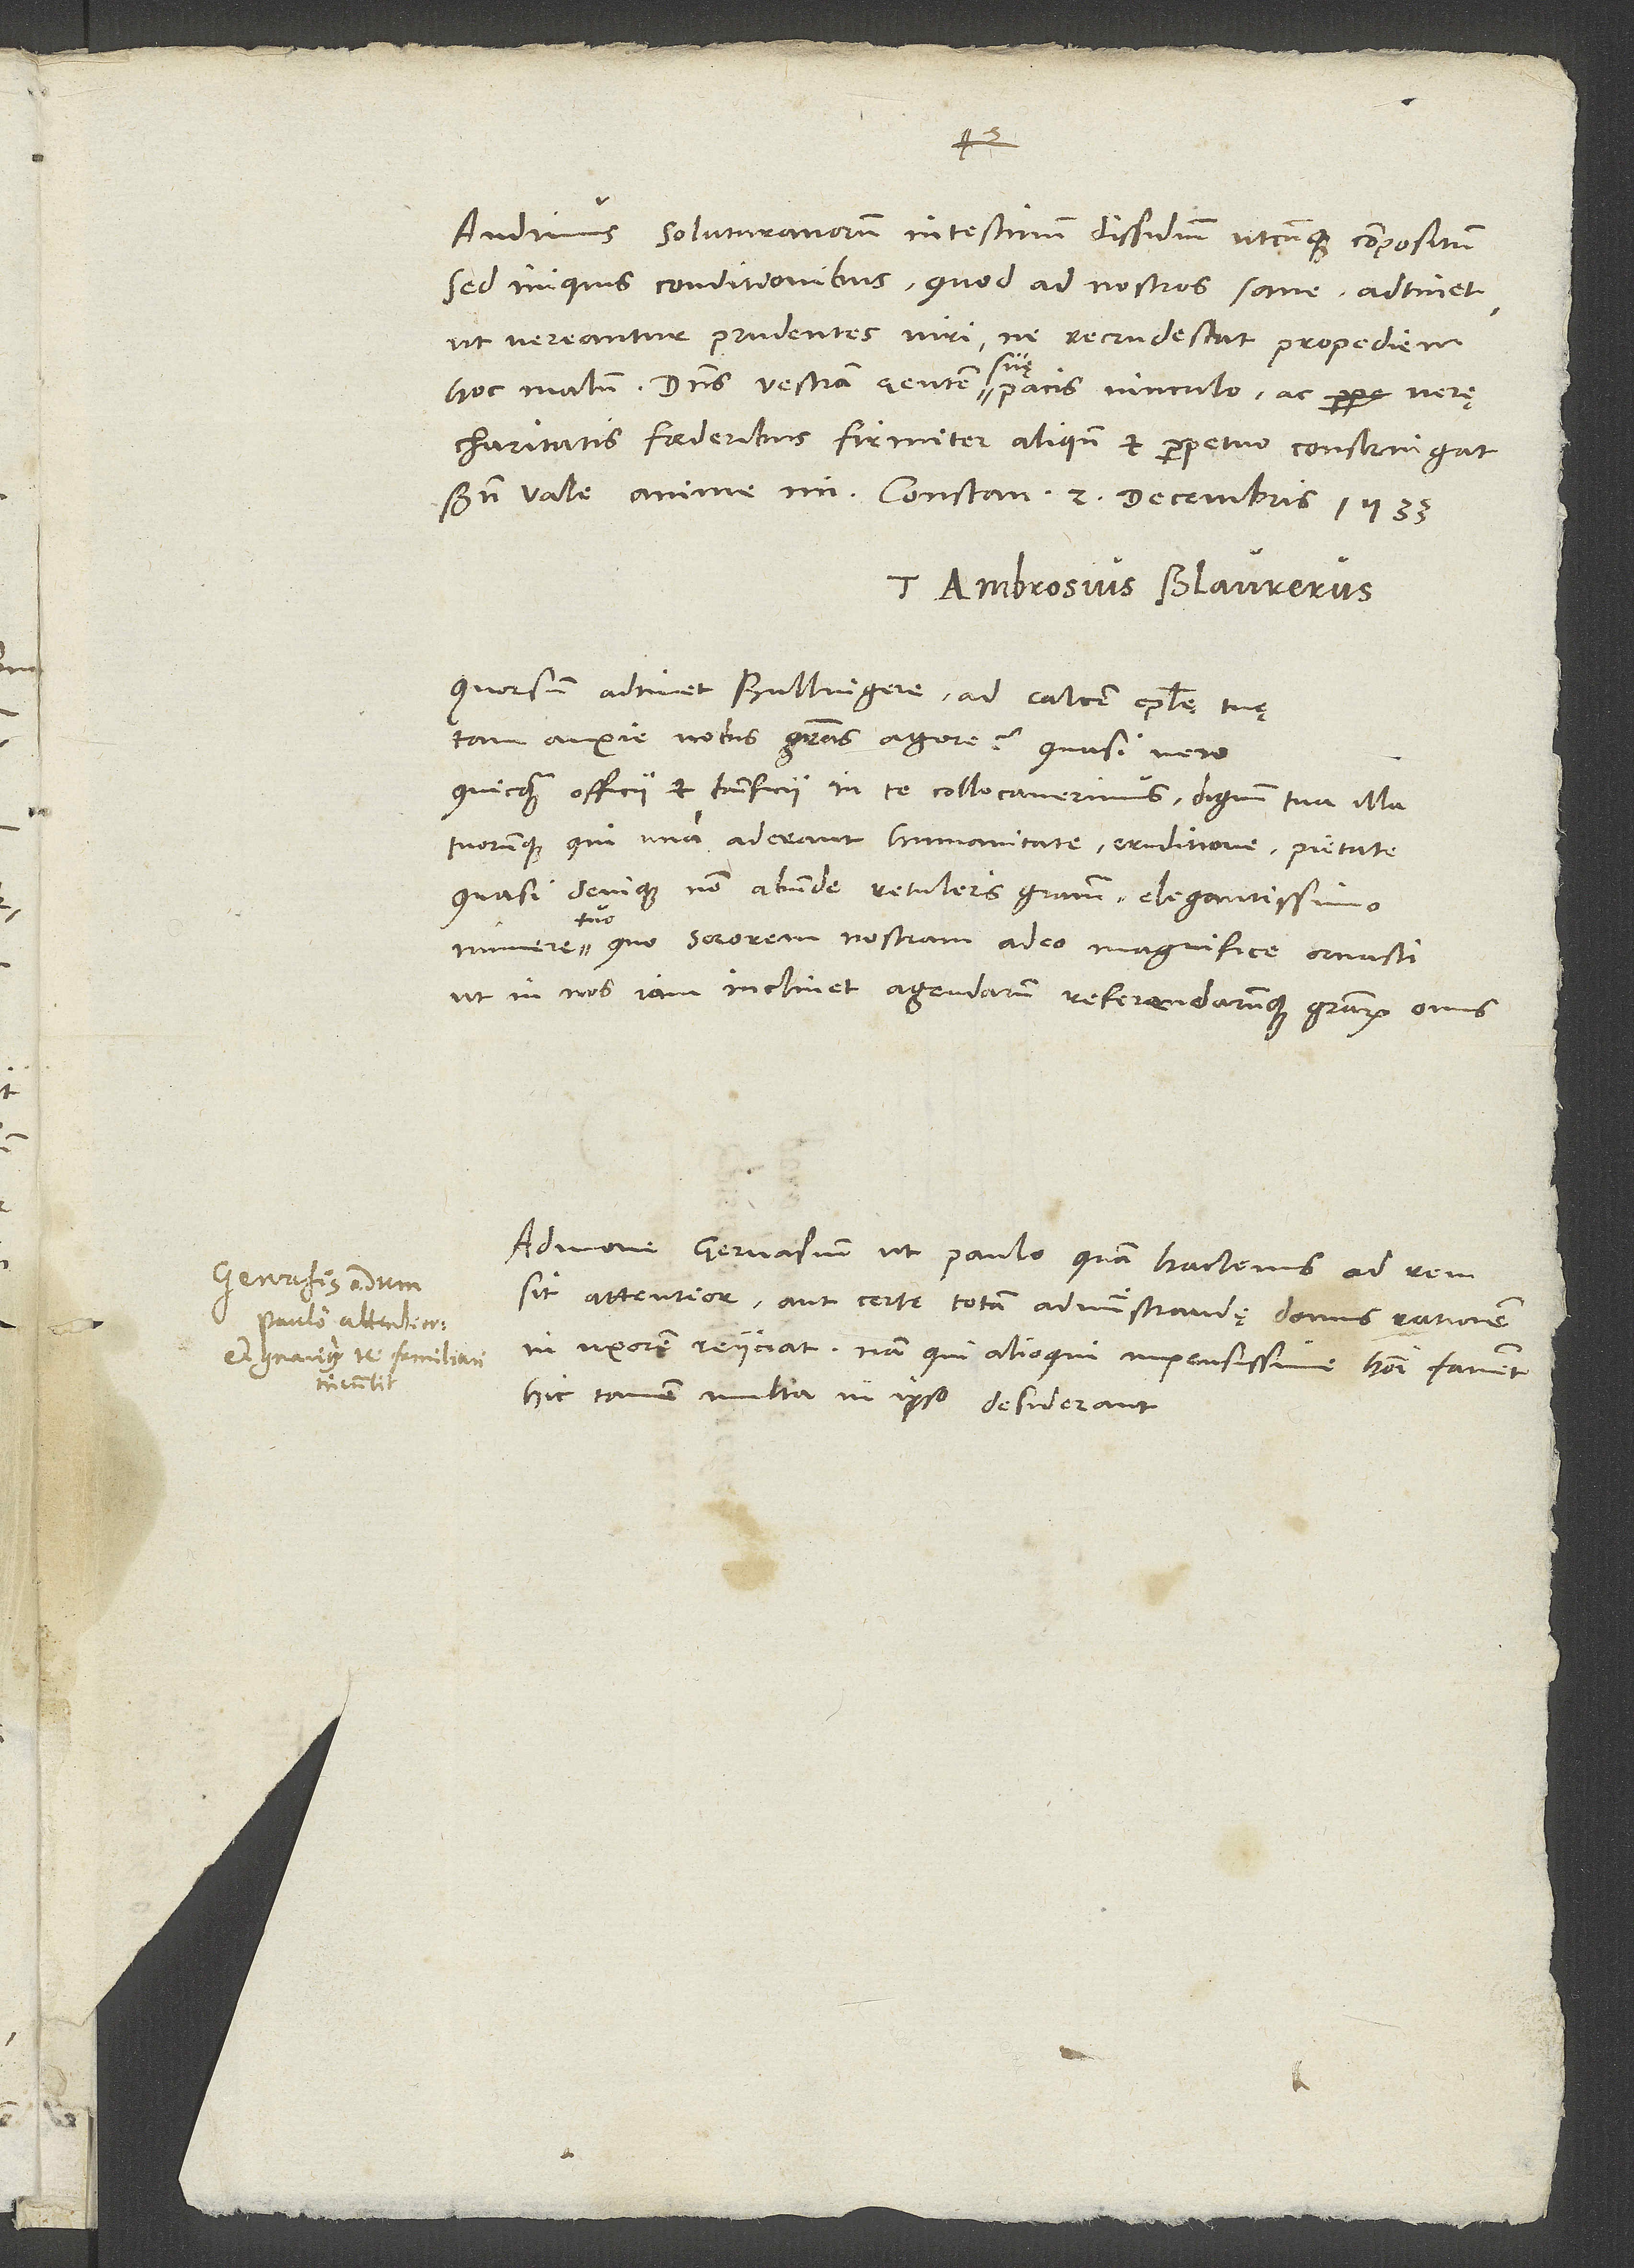
Audimus Soluturanorum intestinum dissidium utcunque compositum,
sed iniquis conditionibus. Quod ad nostros sane adtinet,
ut vereantur prudentes viri, ne recrudescat propediem
hoc malum. Dominus vestram gentem suę pacis vinculo ac verę
charitatis foederibus firmiter aliquando et perpetuo constringat!
Tuus Ambrosius Blaurerus.
Quorsum adtinet, Bullingere, ad calcem epistolae tuę
tam anxie nobis gratias agere, quasi vero
quicquam officii et beneficii in te collocaverimus dignum tua illa
tuorumque, qui una aderant, humanitate, eruditione, pietate,
quasi denique non abunde retuleris gratiam elegantissimo
munere tuo, quo sororem nostram adeo magnifice ornasti,
ut in nos iam inclinet agendarum referendarumque gratiarum onus?
Admone Gervasium, ut paulo quam hactenus ad rem
sit attentior aut certe totum administrandę domus rationem
in uxorem reiiciat. Nam qui alioqui impensissime homini favent,
hic tamen multa in ipso desiderant.